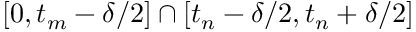
[ 0 , t _ { m } - \delta / 2 ] \cap [ t _ { n } - \delta / 2 , t _ { n } + \delta / 2 ]